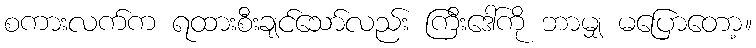
စကားလက်က ရထားစီးချင်သော်လည်း ကြီးဒေါ်ကို ဘာမျှ မပြောတော့။